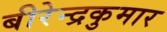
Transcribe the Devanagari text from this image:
बीरेन्द्रकुमार